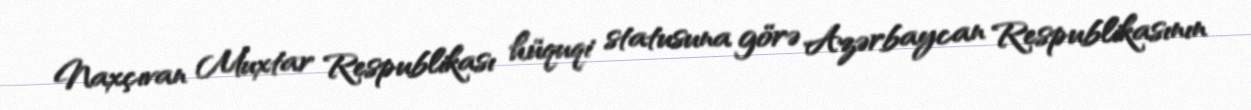
Naxçıvan Muxtar Respublikası hüquqi statusuna görə Azərbaycan Respublikasının